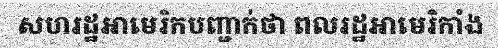
សហរដ្ឋអាមេរិកបញ្ជាក់ថា ពលរដ្ឋអាមេរិកាំង